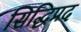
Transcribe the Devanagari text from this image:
सिद्धिप्रद